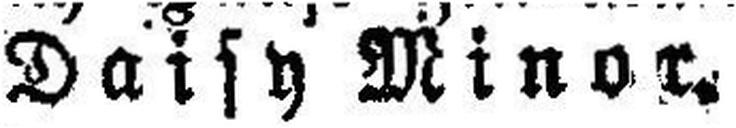
Daisy Minor.